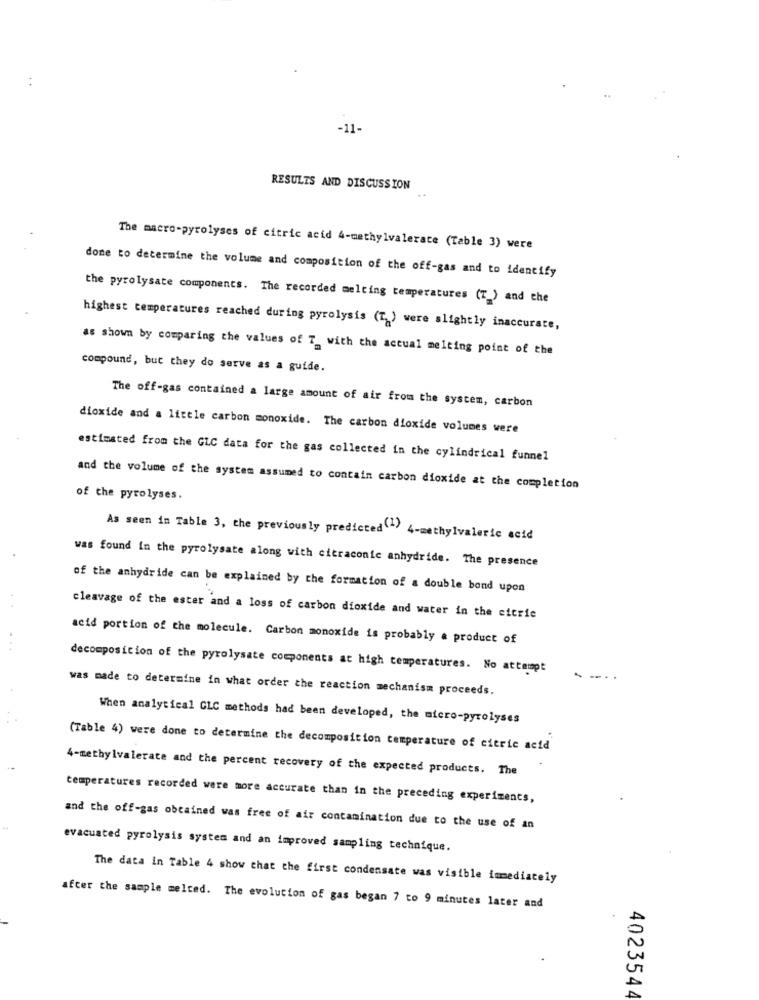
..
-11-
RESULTS AND DISCUSSION
The macro-pyrolyses of citric acid 4-methylvalerate (Table 3) were
done to determine the volume and composition of the off-gas and to identify
the pyrolysate components. The recorded melting temperatures (T ) and the
highest temperatures reached during pyrolysis (T) were slightly inaccurate,
as shown by comparing the values of T with the actual melting point of the
compound, but they do serve as a guide.
The off-gas contained a large amount of air from the system, carbon
dioxide and a little carbon monoxide. The carbon dioxide volumes were
estimated from the GLC data for the gas collected in the cylindrical funnel
and the volume of the system assumed to contain carbon dioxide at the completion
of the pyrolyses.
As seen in Table 3, the previously predicted(? 4-methylvaleric acid
was found In the pyrolysate along with citraconie anhydride. The presence
of the anhydride can be explained by the formation of a double bond upon
cleavage of the ester and a loss of carbon dioxide and water in the citric
acid portion of the molecule. Carbon monoxide is probably a product of
decomposition of the pyrolysate components at high temperatures. No attempt
was made to determine in what order the reaction mechanism proceeds.
When analytical GLC methods had been developed, the micro-pyrolyses
(Table 4) were done to determine the decomposition temperature of citric acid
4-methylvalerate and the percent recovery of the expected products. The
temperatures recorded were more accurate than in the preceding experiments,
and the off-gas obtained was free of air contamination due to the use of an
evacuated pyrolysis system and an improved sampling technique.
The data in Table 4 show that the first condensate was visible immediately
after the sample melted. The evolution of gas began 7 to 9 minutes later and
4023544